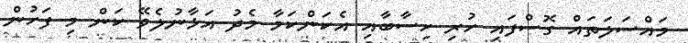
މައްސަލަތައް ގޮސްފައި ހުރި ހިސާބާއި އެކަންކަމާ މެދު އަޅާނުލެވޭ ކަން މި ފަހުން